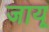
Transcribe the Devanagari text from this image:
जायू